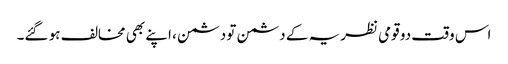
اس وقت دو قومی نظریہ کے دشمن تو دشمن ، اپنے بھی مخالف ہو گئے۔